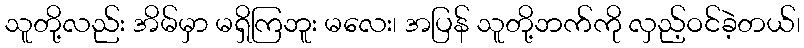
သူတို့လည်း အိမ်မှာ မရှိကြဘူး မလေး၊ အပြန် သူတို့ဘက်ကို လှည့်ဝင်ခဲ့တယ်၊